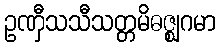
ဥဏှီသသီသတ္တမိဓဇ္ဈဂမာ